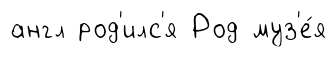
англ род'илс'я Род муз'е́я